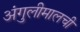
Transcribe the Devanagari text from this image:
अंगुलीमालची